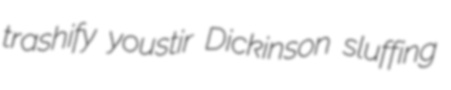
trashify youstir Dickinson sluffing